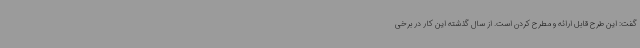
گفت: این طرح قابل ارائه و مطرح کردن است. از سال گذشته این کار در برخی